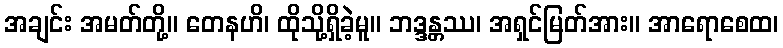
အချင်း အမတ်တို့။ တေနဟိ၊ ထိုသို့ရှိခဲ့မူ။ ဘဒ္ဒန္တဿ၊ အရှင်မြတ်အား။ အာရောစေထ၊